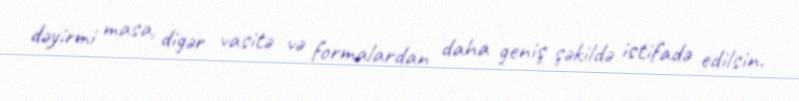
dəyirmi masa, digər vasitə və formalardan daha geniş şəkildə istifadə edilsin.